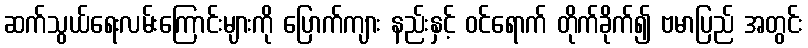
ဆက်သွယ်ရေးလမ်းကြောင်းများကို ပြောက်ကျား နည်းနှင့် ဝင်ရောက် တိုက်ခိုက်၍ ဗမာပြည် အတွင်း